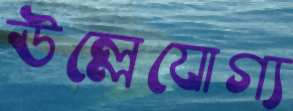
ঊল্লেযোগ্য